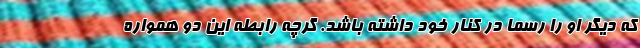
که دیگر او را رسما در کنار خود داشته باشد. گرچه رابطه این دو همواره